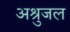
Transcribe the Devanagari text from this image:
अश्रुजल